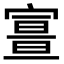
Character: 𡪏